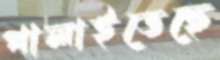
পালাইতেছে